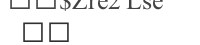
١٦